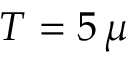
T = 5 \, \mu